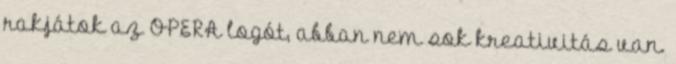
rakjátok az OPERA logót, abban nem sok kreativitás van.